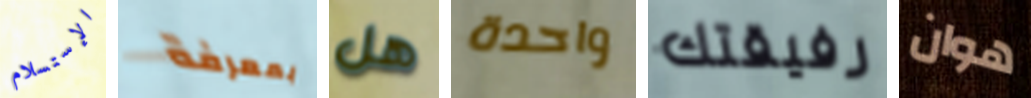
الإستسلام بمعرفة هل واحدة رفيقتك هوان